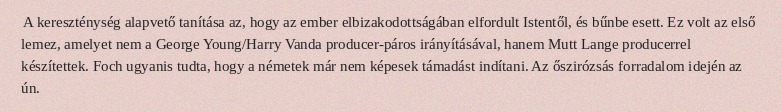
A kereszténység alapvető tanítása az, hogy az ember elbizakodottságában elfordult Istentől, és bűnbe esett. Ez volt az első lemez, amelyet nem a George Young/Harry Vanda producer-páros irányításával, hanem Mutt Lange producerrel készítettek. Foch ugyanis tudta, hogy a németek már nem képesek támadást indítani. Az őszirózsás forradalom idején az ún.